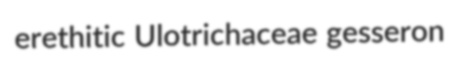
erethitic Ulotrichaceae gesseron